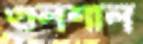
গুলশাল